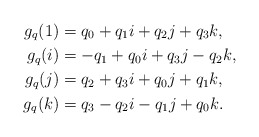
\begin{align*}g_{q}(1) & =q_{0}+q_{1}i+q_{2}j+q_{3}k,\\g_{q}(i) & =-q_{1}+q_{0}i+q_{3}j-q_{2}k,\\g_{q}(j) & =q_{2}+q_{3}i+q_{0}j+q_{1}k,\\g_{q}(k) & =q_{3}-q_{2}i-q_{1}j+q_{0}k.\end{align*}